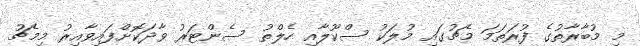
މި މުބާރާތުގެ ފުރަތަމަ މެޗުގައި މުލަކު ސްކޫލާއި ހެލްތު ސެންޓަރު ވާދަކޮށްފައިވާއިރު މިމެޗު